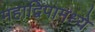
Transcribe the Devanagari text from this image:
महाद्विपामध्ये